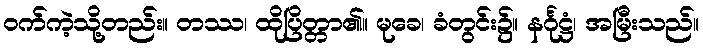
ဝက်ကဲ့သို့တည်း။ တဿ၊ ထိုပြိတ္တာ၏။ မုခေ၊ ခံတွင်း၌။ နင်္ဂုဋ္ဌံ၊ အမြီးသည်။